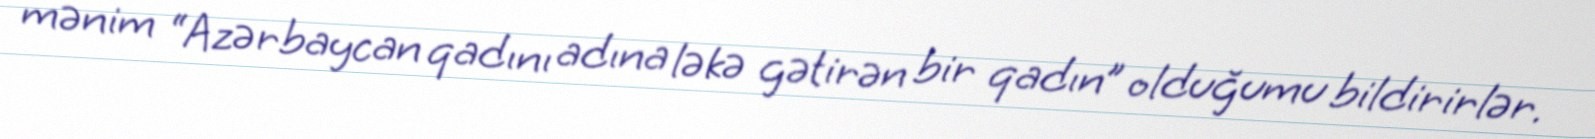
mənim “Azərbaycan qadını adına ləkə gətirən bir qadın” olduğumu bildirirlər.